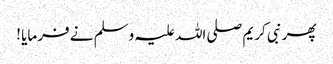
پھر نبی کریم صلی اللہ علیہ وسلم نے فرمایا !